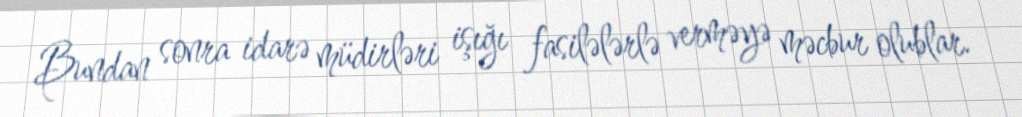
Bundan sonra idarə müdirləri işığı fasilələrlə verməyə məcbur olublar.